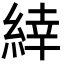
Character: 緈